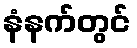
နံနက်တွင်